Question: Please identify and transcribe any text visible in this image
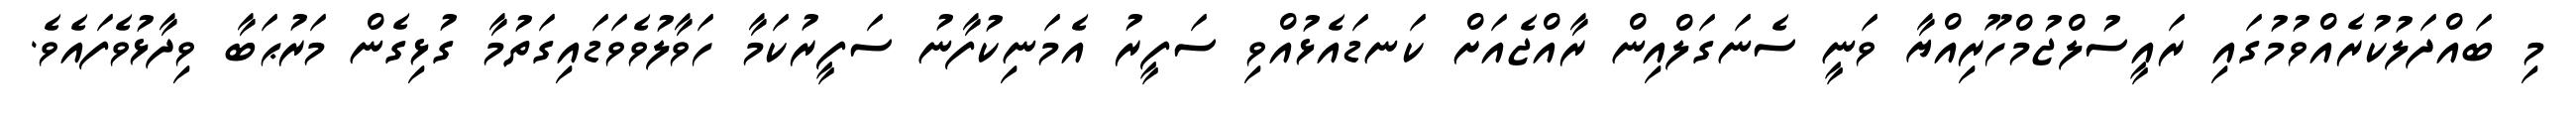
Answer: މި ބައްދަލުކުރެއްވުމުގައި ރައީސުލްޖުމްހޫރިއްޔާ ވަނީ ސެނަގަލްއިން ރާއްޖެއަށް ކަނޑައެޅުއްވި ސަފީރު އެމަނިކުފާނު ސަފީރުކަމާ ހަވާލުވެވަޑައިގަތުމާ ގުޅިގެން މަރުޙަބާ ވިދާޅުވެފައެވެ.